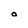
Character: O